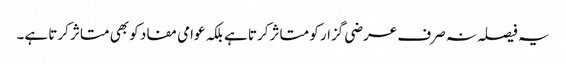
یہ فیصلہ نہ صرف عرضی گزار کو متاثر کرتا ہے بلکہ عوامی مفاد کو بھی متاثر کرتا ہے۔